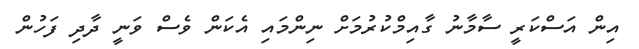
އިން އަސްކަރީ ސާމާނު ގާއިމްކުރުމަށް ނިންމަައި އެކަން ވެސް ވަނީ ދާދި ފަހުން